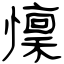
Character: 懍